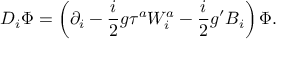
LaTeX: D _ { i } \Phi = \left( \partial _ { i } - \frac { i } { 2 } g \tau ^ { a } W _ { i } ^ { a } - \frac { i } { 2 } g ^ { \prime } B _ { i } \right) \Phi .